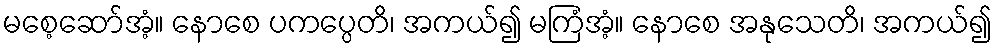
မစေ့ဆော်အံ့။ နောစေ ပကပ္ပေတိ၊ အကယ်၍ မကြံအံ့။ နောစေ အနုသေတိ၊ အကယ်၍